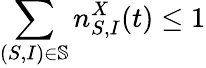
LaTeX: \sum_{(S,I)\in\mathbb{S}}n_{S,I}^{X}(t)\leq 1